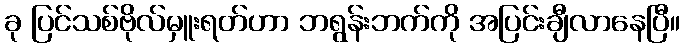
ခု ပြင်သစ်ဗိုလ်မှူးရတ်ဟာ ဘရွန်းဘက်ကို အပြင်းချီလာနေပြီ။